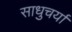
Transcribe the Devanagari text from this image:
साधुचर्या